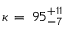
\kappa \, = \, 9 5 _ { - 7 } ^ { + 1 1 }